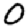
Digit: 0